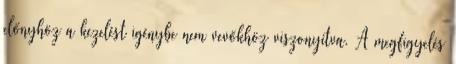
előnyhöz a kezelést igénybe nem vevőkhöz viszonyítva. A megfigyelés